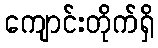
ကျောင်းတိုက်ရှိ